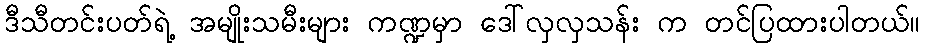
ဒီသီတင်းပတ်ရဲ့ အမျိုးသမီးများ ကဏ္ဍမှာ ဒေါ်လှလှသန်း က တင်ပြထားပါတယ်။